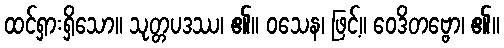
ထင်ရှားရှိသော။ သုတ္တပဒဿ၊ ၏။ ဝသေန၊ ဖြင့်။ ဝေဒိတဗ္ဗော၊ ၏။